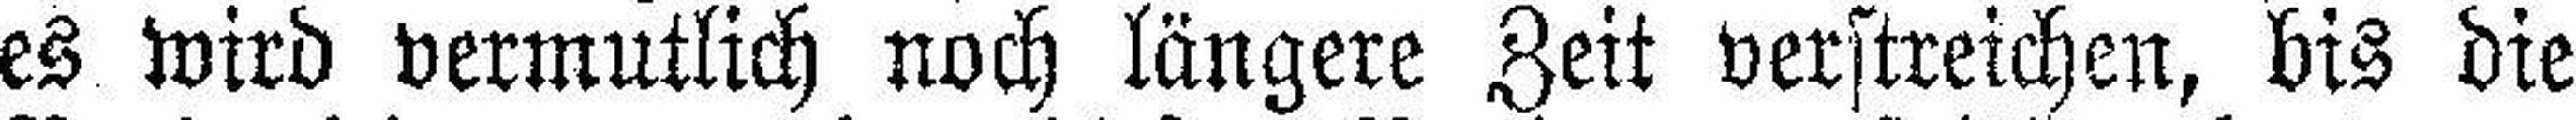
es wird vermutlich noch längere Zeit verstreichen, bis die